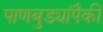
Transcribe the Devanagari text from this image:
पाणबुड्यांपैकी